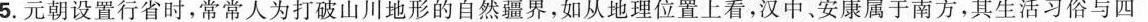
5.元朝设置行省时，常常人为打破山川地形的自然疆界，如从地理位置上看，汉中、安康属于南方，其生活习俗与四